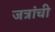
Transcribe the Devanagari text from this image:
जत्रांची